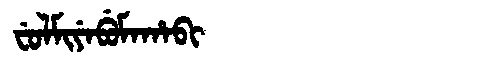
Manchu: ᠸᡠᠯᠮᡳᠶᡝᠪᡠᠮᠠᡥᠠᠪᡳ
Romanization: FULMIYEBUMAHABI